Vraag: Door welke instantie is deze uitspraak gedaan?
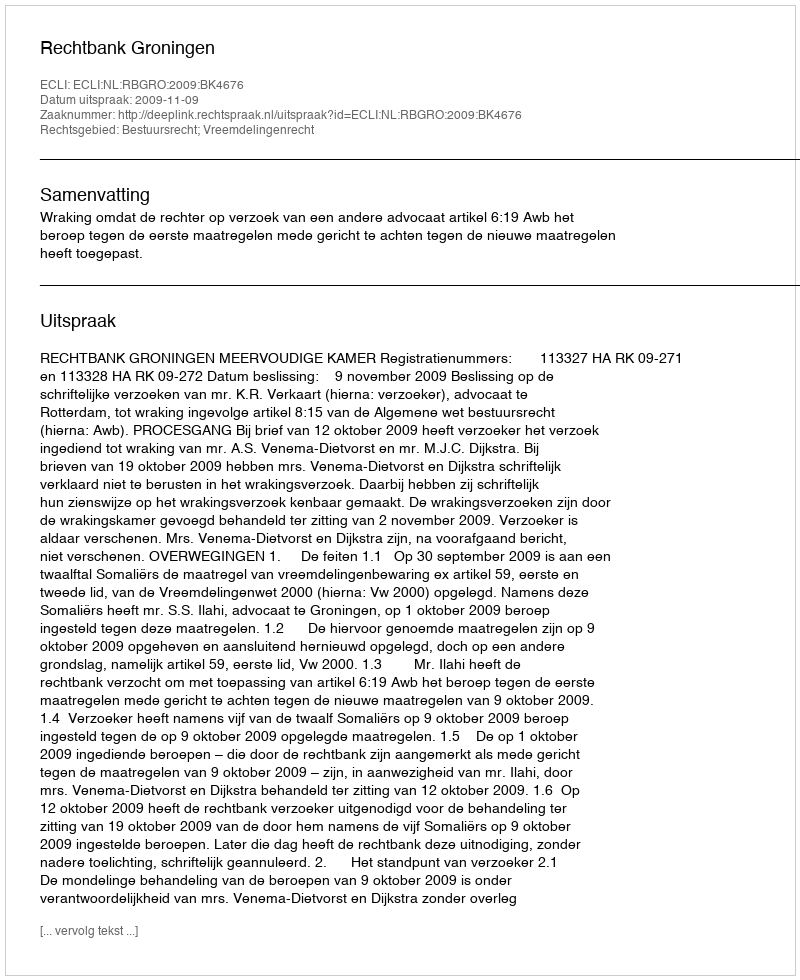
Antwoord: Rechtbank Groningen